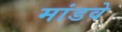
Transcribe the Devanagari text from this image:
मांडवे